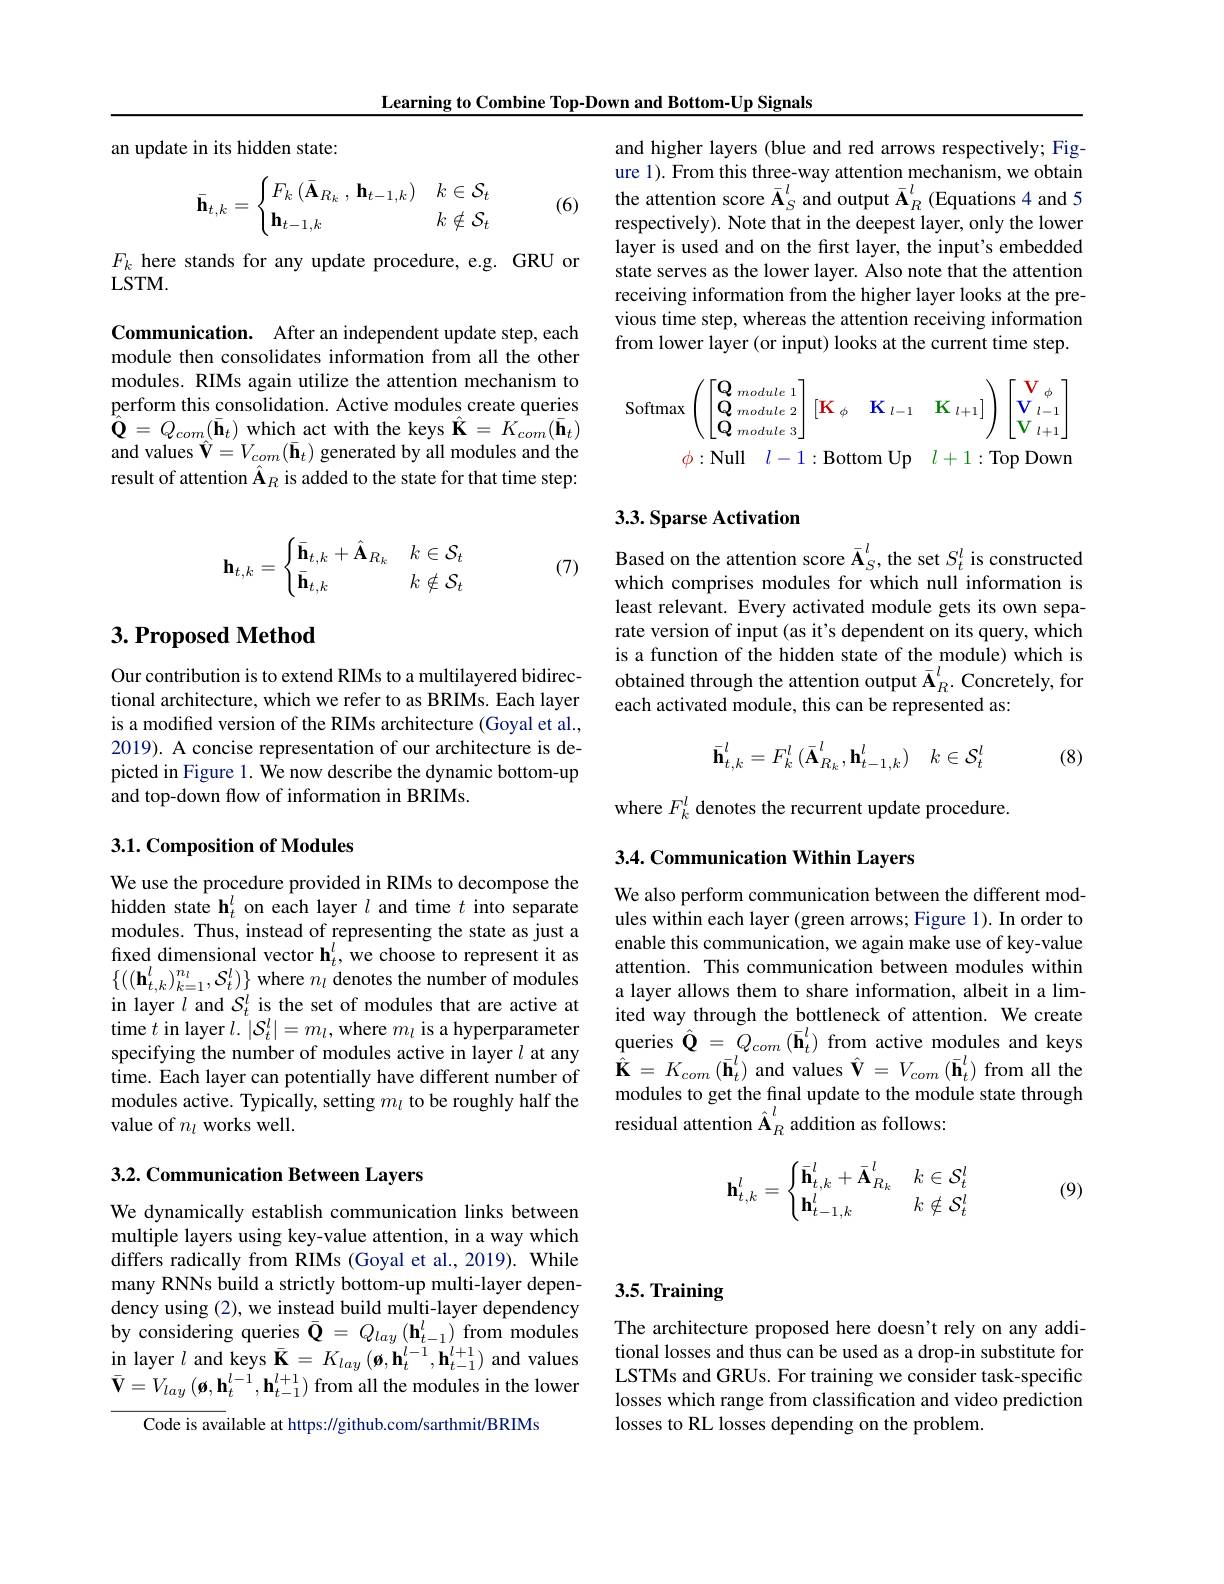
Learning to Combine Top-Down and Bottom-Up Signals

an update in its hidden state:
$$\bar{\mathbf{h}}_{t,k}=\begin{cases}F_k\left(\bar{\mathbf{A}}_{R_k}\:,\:\mathbf{h}_{t-1,k}\right)&k\in\mathcal{S}_t\\\mathbf{h}_{t-1,k}&k\notin\mathcal{S}_t\end{cases}$$
(6)

$F_k$ here stands for any update procedure, e.g. GRU or
$LSTM.$

Communication. After an independent update step, each module then consolidates information from all the other modules. RIMs again utilize the attention mechanism to perform this consolidation. Active modules create queries $\hat{\mathbf{Q}}=Q_{com}(\bar{\mathbf{h}}_{t})$ which act with the keys $\hat{\mathbf{K}}=K_{com}(\bar{\mathbf{h}}_{t})$ and values $\hat{\mathbf{V}}=V_{com}(\bar{\mathbf{h}}_{t})$ generated by all modules and the result of attention $\hat{\mathbf{A}}_R$ is added to the state for that time step:
$$\mathbf{h}_{t,k}=\begin{cases}\bar{\mathbf{h}}_{t,k}+\hat{\mathbf{A}}_{R_k}&k\in\mathcal{S}_t\\\bar{\mathbf{h}}_{t,k}&k\notin\mathcal{S}_t\end{cases}$$
(7)

## 3. Proposed Method

Our contribution is to extend RIMs to a multilayered bidirectional architecture, which we refer to as BRIMs. Each layer is a modified version of the RIMs architecture (Goyal et al., 2019). A concise representation of our architecture is depicted in Figure 1. We now describe the dynamic bottom-up and top-down flow of information in BRIMs.

### 3.1. Composition of Modules

We use the procedure provided in RIMs to decompose the hidden state h$_t^l$ on each layer $l$ and time $t$ into separate modules. Thus, instead of representing the state as just a fixed dimensional vector $\mathbf{h}_t^l$, we choose to represent it as $\{((\mathbf{h}_{t,k}^{l})_{k=1}^{n_{l}},\mathcal{S}_{t}^{l})\}$ where $n_l$ denotes the number of modules in layer $l$ and $\mathcal{S}_t^l$ is the set of modules that are active at time $t$ in layer $l.\left|\mathcal{S}_t^l\right|=m_l$,where $m_l$ is a hyperparameter specifying the number of modules active in layer $l$ at any time. Each layer can potentially have different number of modules active. Typically, setting $m_l$ to be roughly half the value of $n_l$ works well.

## 3.2. Communication Between Layers

We dynamically establish communication links between multiple layers using key-value attention, in a way which differs radically from RIMs (Goyal et al., 2019). While many RNNs build a strictly bottom-up multi-layer dependency using (2), we instead build multi-layer dependency by considering queries $\bar{\mathbf{Q}}=Q_{lay}\left(\mathbf{h}_{t-1}^{l}\right)$from modules in layer $l$ and keys $\bar{\mathbf{K}}=K_{lay}\left(\boldsymbol{\phi},\mathbf{h}_{t}^{l-1},\mathbf{h}_{t-1}^{l+1}\right)$ and values $\bar{\mathbf{V}}=V_{lay}\left(\boldsymbol{ø},\mathbf{h}_{t}^{l-1},\mathbf{h}_{t-1}^{l+1}\right)$from all the modules in the lower
Code is available at https: //github.com/sarthmit/BRIMs

and higher layers (blue and red arrows respectively; Figure 1). From this three-way attention mechanism, we obtain the attention score $\bar{\mathbf{A}}_S^l$ and output $\bar{\mathbf{A}}_R^l$ (Equations 4 and 5 respectively). Note that in the deepest layer, only the lower layer is used and on the first layer, the input's embedded state serves as the lower layer. Also note that the attention receiving information from the higher layer looks at the previous time step, whereas the attention receiving information from lower layer (or input) looks at the current time step.
$$\begin{aligned}\text{Softmax}&\left(\begin{bmatrix}\mathbf{Q}_{module\:1}\\\mathbf{Q}_{module\:2}\\\mathbf{Q}_{module\:3}\end{bmatrix}\begin{bmatrix}\mathbf{K}_{\phi}&\mathbf{K}_{l-1}&\mathbf{K}_{l+1}\end{bmatrix}\right)\begin{bmatrix}\mathbf{V}_{\phi}\\\mathbf{V}_{l-1}\\\mathbf{V}_{l+1}\end{bmatrix}\\&\phi:\text{Null}\quad l-1:\text{Bottom Up}\quad l+1:\text{Top Down}\end{aligned}$$
## 3.3. Sparse Activation

Based on the attention score $\bar{\mathbf{A}}_S^l$, the set $S_t^l$ is constructed which comprises modules for which null information is least relevant. Every activated module gets its own separate version of input (as it's dependent on its query, which is a function of the hidden state of the module) which is obtained through the attention output $\bar{\mathbf{A}}_R^l.$ Concretely, for each activated module, this can be represented as:
$$\bar{\mathbf{h}}_{t,k}^l=F_k^l\left(\bar{\mathbf{A}}_{R_k}^l,\mathbf{h}_{t-1,k}^l\right)\quad k\in\mathcal{S}_t^l$$
(8)

where $F_k^l$ denotes the recurrent update procedure.

## 3.4. Communication Within Layers

We also perform communication between the different modules within each layer (green arrows; Figure 1). In order to enable this communication, we again make use of key-value attention. This communication between modules within a layer allows them to share information, albeit in a limited way through the bottleneck of attention. We create queries $\hat{\mathbf{Q}}=Q_{com}(\bar{\mathbf{h}}_{t}^{l})$ from active modules and keys $\hat{\mathbf{K}}=K_{com}\left(\bar{\mathbf{h}}_{t}^{l}\right)$and values $\hat{\mathbf{V}}=V_{com}\left(\bar{\mathbf{h}}_{t}^{l}\right)$from all the modules to get the final update to the module state through residual attention $\hat{\mathbf{A}}_R^l$ addition as follows:
$$\mathbf{h}_{t,k}^l=\begin{cases}\bar{\mathbf{h}}_{t,k}^l+\bar{\mathbf{A}}_{R_k}^l&k\in\mathcal{S}_t^l\\\mathbf{h}_{t-1,k}^l&k\notin\mathcal{S}_t^l\end{cases}$$
(9)

# 3.5. Training

The architecture proposed here doesn't rely on any additional losses and thus can be used as a drop-in substitute for LSTMs and GRUs. For training we consider task-specific losses which range from classification and video prediction losses to RL losses depending on the problem.